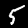
Label: 5